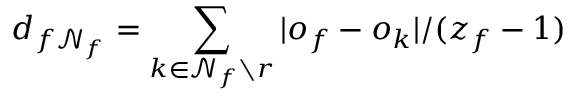
d _ { f \mathcal { N } _ { f } } = \sum _ { k \in \mathcal { N } _ { f } \setminus r } | o _ { f } - o _ { k } | / ( z _ { f } - 1 )